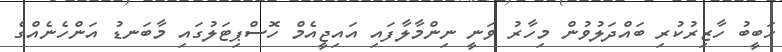
ހަބީބު ހާޒިރުކުރި ބައްދަލުވުން މިހާރު ވަނީ ނިންމާލާފައި އައިޖީއެމް ހޮސްޕިޓަލުގައި މާބަނޑު އަންހެނެއްގެ